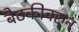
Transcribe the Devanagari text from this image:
बैठकीवरुन